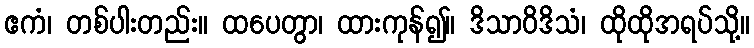
ဧကံ၊ တစ်ပါးတည်း။ ထပေတွာ၊ ထားကုန်၍။ ဒိသာဝိဒိသံ၊ ထိုထိုအရပ်သို့။